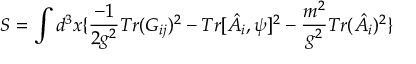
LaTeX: S = \int d ^ { 3 } x \{ \frac { - 1 } { 2 g ^ { 2 } } T r ( G _ { i j } ) ^ { 2 } - T r [ \hat { A } _ { i } , \psi ] ^ { 2 } - \frac { m ^ { 2 } } { g ^ { 2 } } T r ( \hat { A } _ { i } ) ^ { 2 } \}